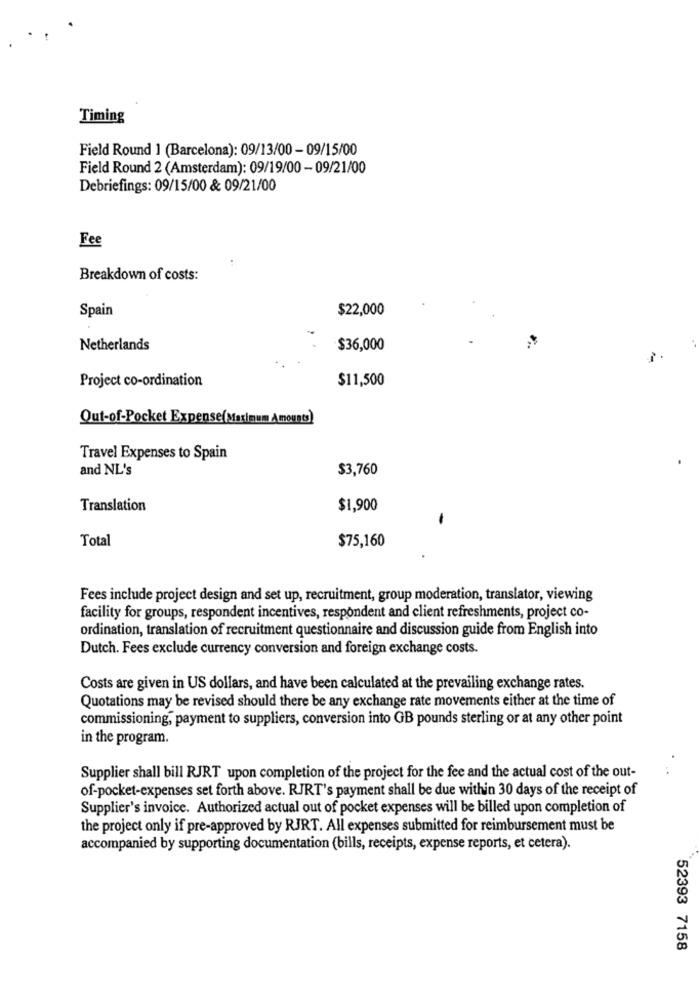
Timing
Field Round 1 (Barcelona): 09/13/00 - 09/15/00
Field Round 2 (Amsterdam): 09/19/00 - 09/21/00
Debriefings: 09/15/00 & 09/21/00
Fee
Breakdown of costs:
Spain
$22,000
Netherlands
$36,000
Project co-ordination
$11,500
Out-of-Pocket Expense(Maximum Amounts)
Travel Expenses to Spain
and NL's
$3,760
Translation
$1,900
Total
$75,160
Fees include project design and set up, recruitment, group moderation, translator, viewing
facility for groups, respondent incentives, respondent and client refreshments, project co-
ordination, translation of recruitment questionnaire and discussion guide from English into
Dutch. Fees exclude currency conversion and foreign exchange costs.
Costs are given in US dollars, and have been calculated at the prevailing exchange rates.
Quotations may be revised should there be any exchange rate movements either at the time of
commissioning, payment to suppliers, conversion into GB pounds sterling or at any other point
in the program.
Supplier shall bill RJRT upon completion of the project for the fee and the actual cost of the out-
of-pocket-expenses set forth above. RJRT's payment shall be due within 30 days of the receipt of
Supplier's invoice. Authorized actual out of pocket expenses will be billed upon completion of
the project only if pre-approved by RJRT. All expenses submitted for reimbursement must be
accompanied by supporting documentation (bills, receipts, expense reports, et cetera).
52393 7158